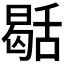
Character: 𮍻